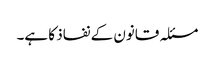
مسئلہ قانون کے نفاذ کا ہے۔